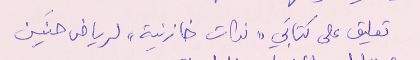
تعليق على كتابَي "نكات خازنية" لرياض حنَين